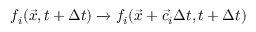
f _ { i } ( \vec { x } , t + \Delta t ) \xrightarrow { } f _ { i } ( \vec { x } + \vec { c } _ { i } \Delta t , t + \Delta t )